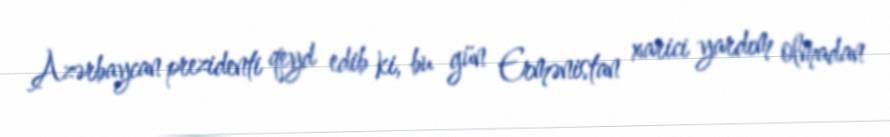
Azərbaycan prezidenti qeyd edib ki, bu gün Ermənistan xarici yardım olmadan